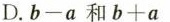
D.$$b-a$$和$$b+a$$